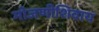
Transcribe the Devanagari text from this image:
मोजणीशिवाय